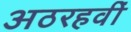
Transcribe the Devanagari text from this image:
अठरहवीं